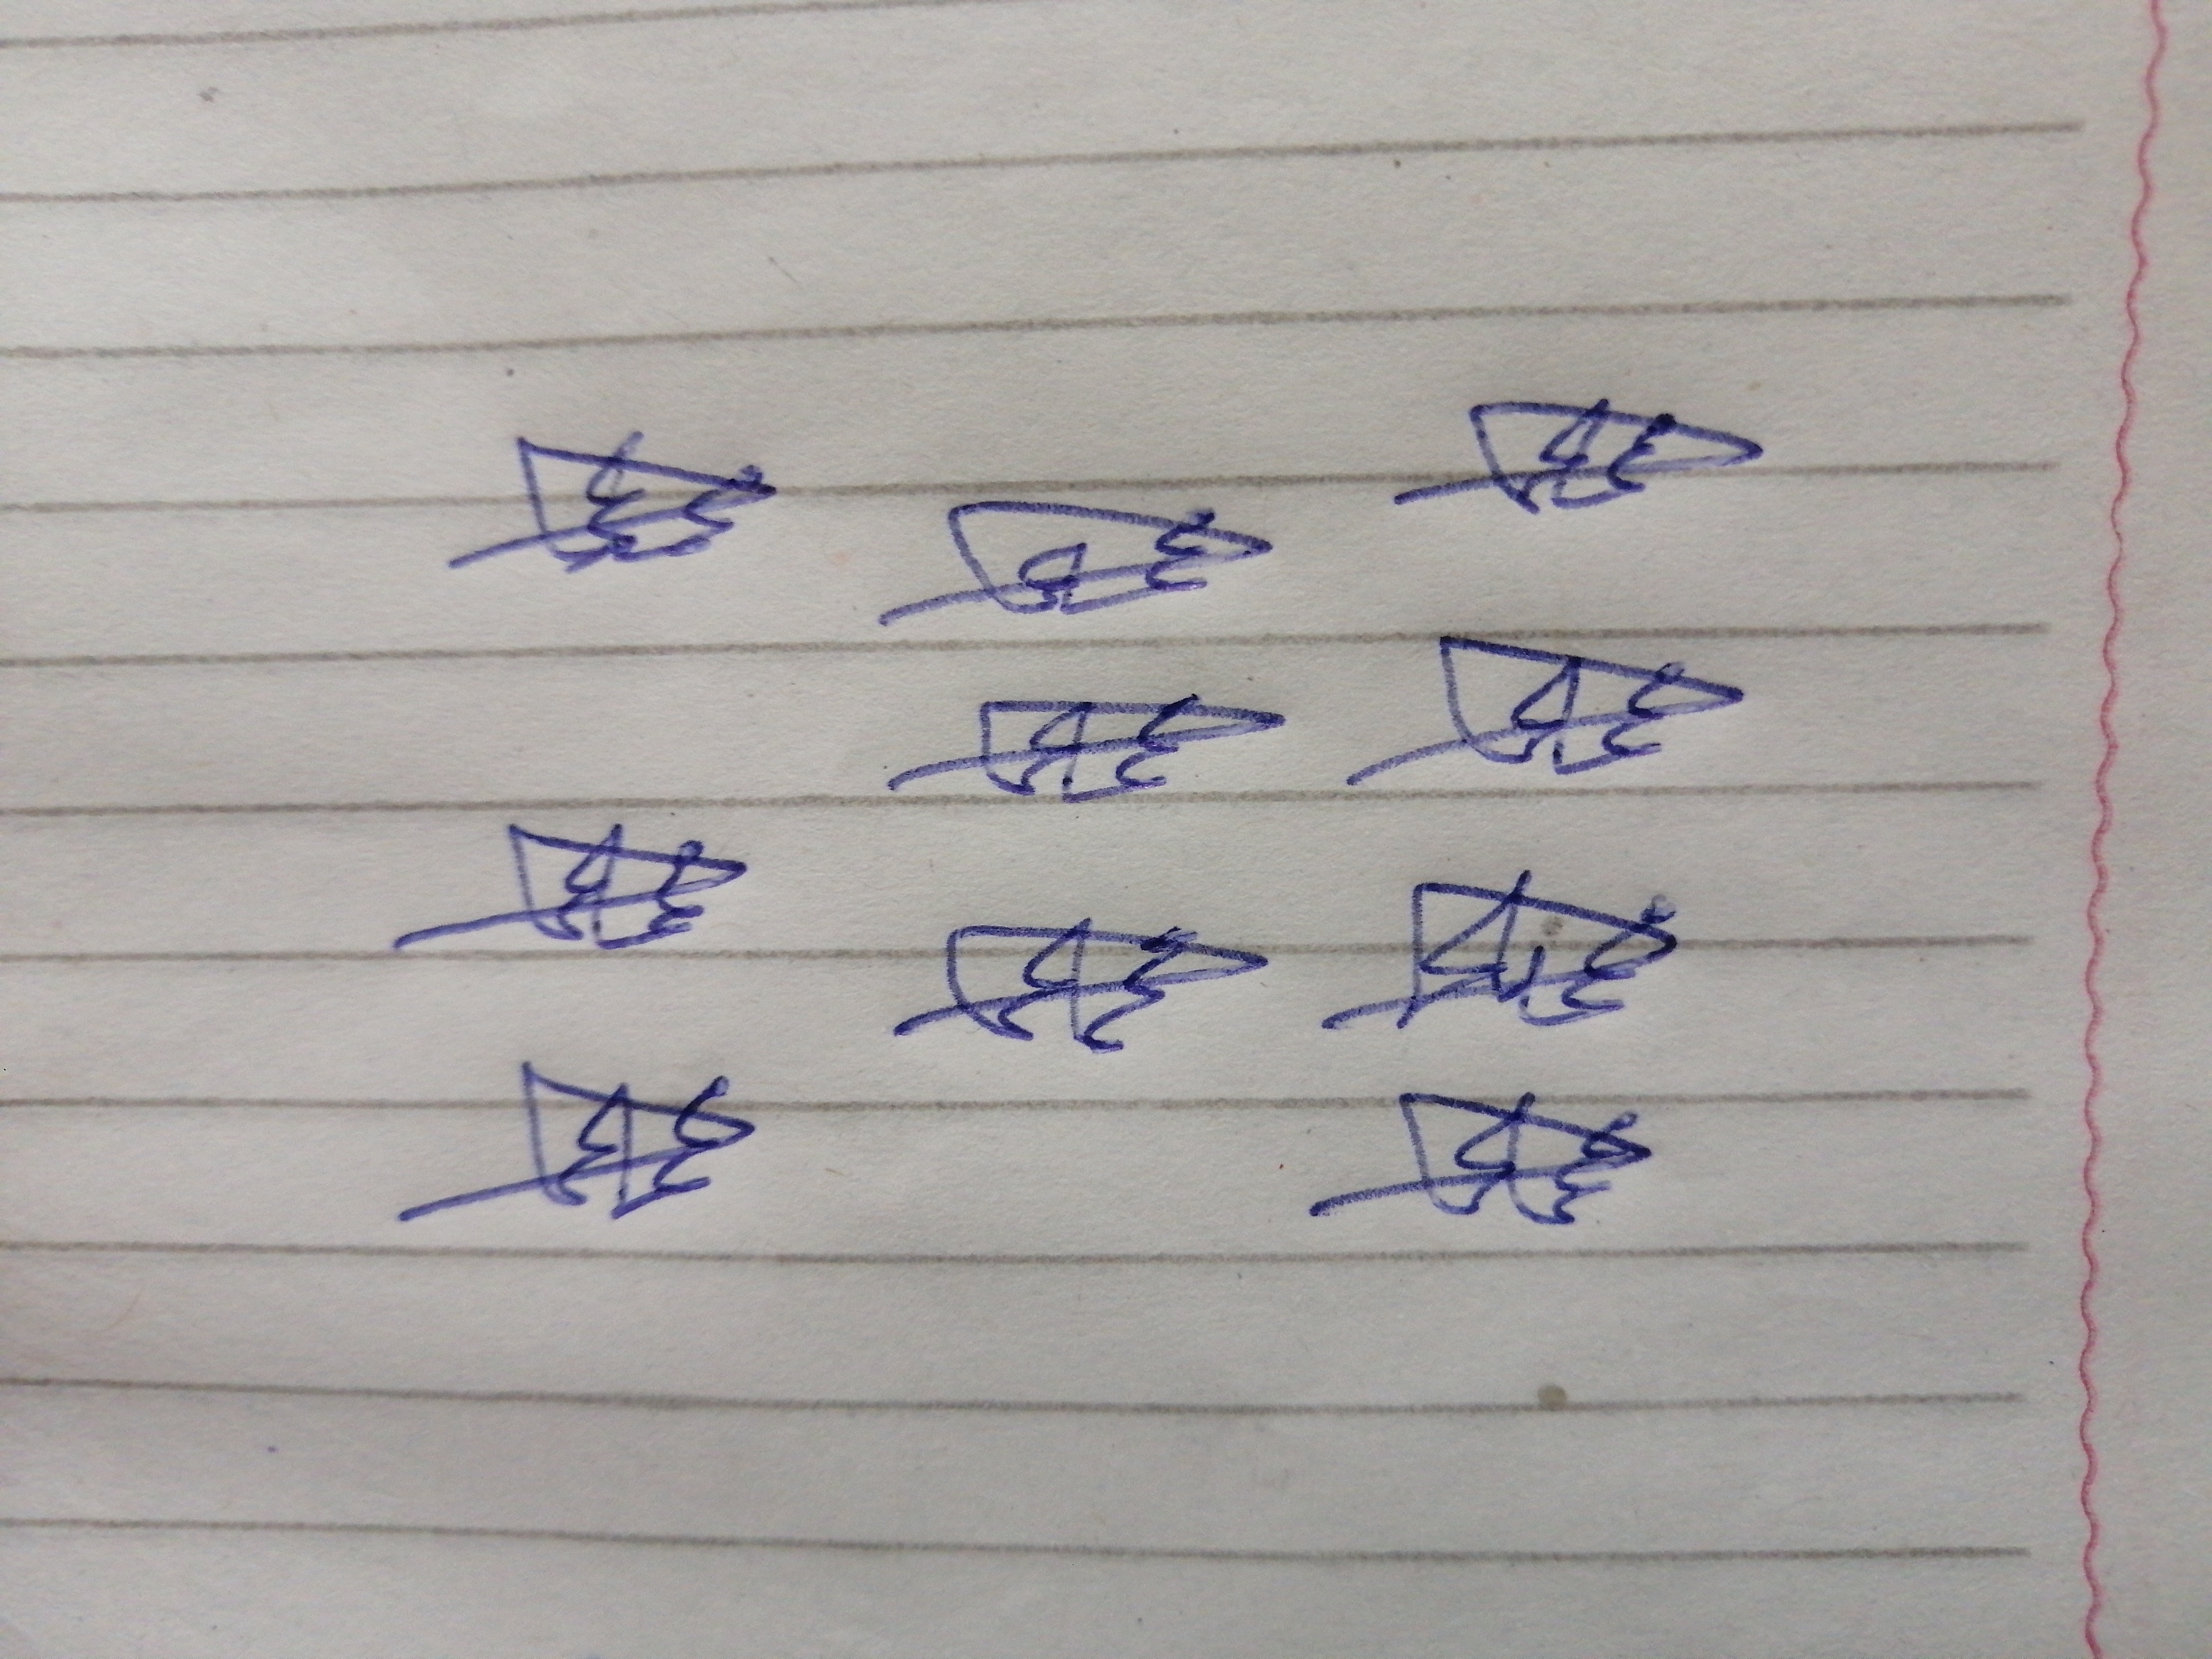
Signature authenticity: genuine